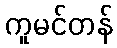
ကူမင်တန်